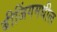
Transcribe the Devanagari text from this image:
बीजिंगमधील